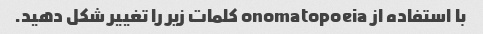
با استفاده از onomatopoeia کلمات زیر را تغییر شکل دهید.